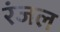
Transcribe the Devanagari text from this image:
रंजल